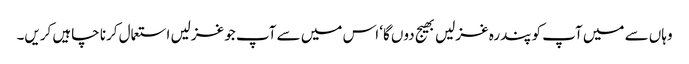
وہاں سے میں آپ کو پندرہ غزلیں بھیج دوں گا‘ اس میں سے آپ جو غزلیں استعمال کرنا چاہیں کریں۔